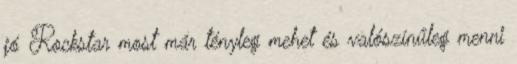
jó Rockstar most már tényleg mehet és valószínűleg menni